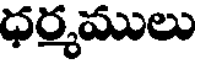
ధర్మములు